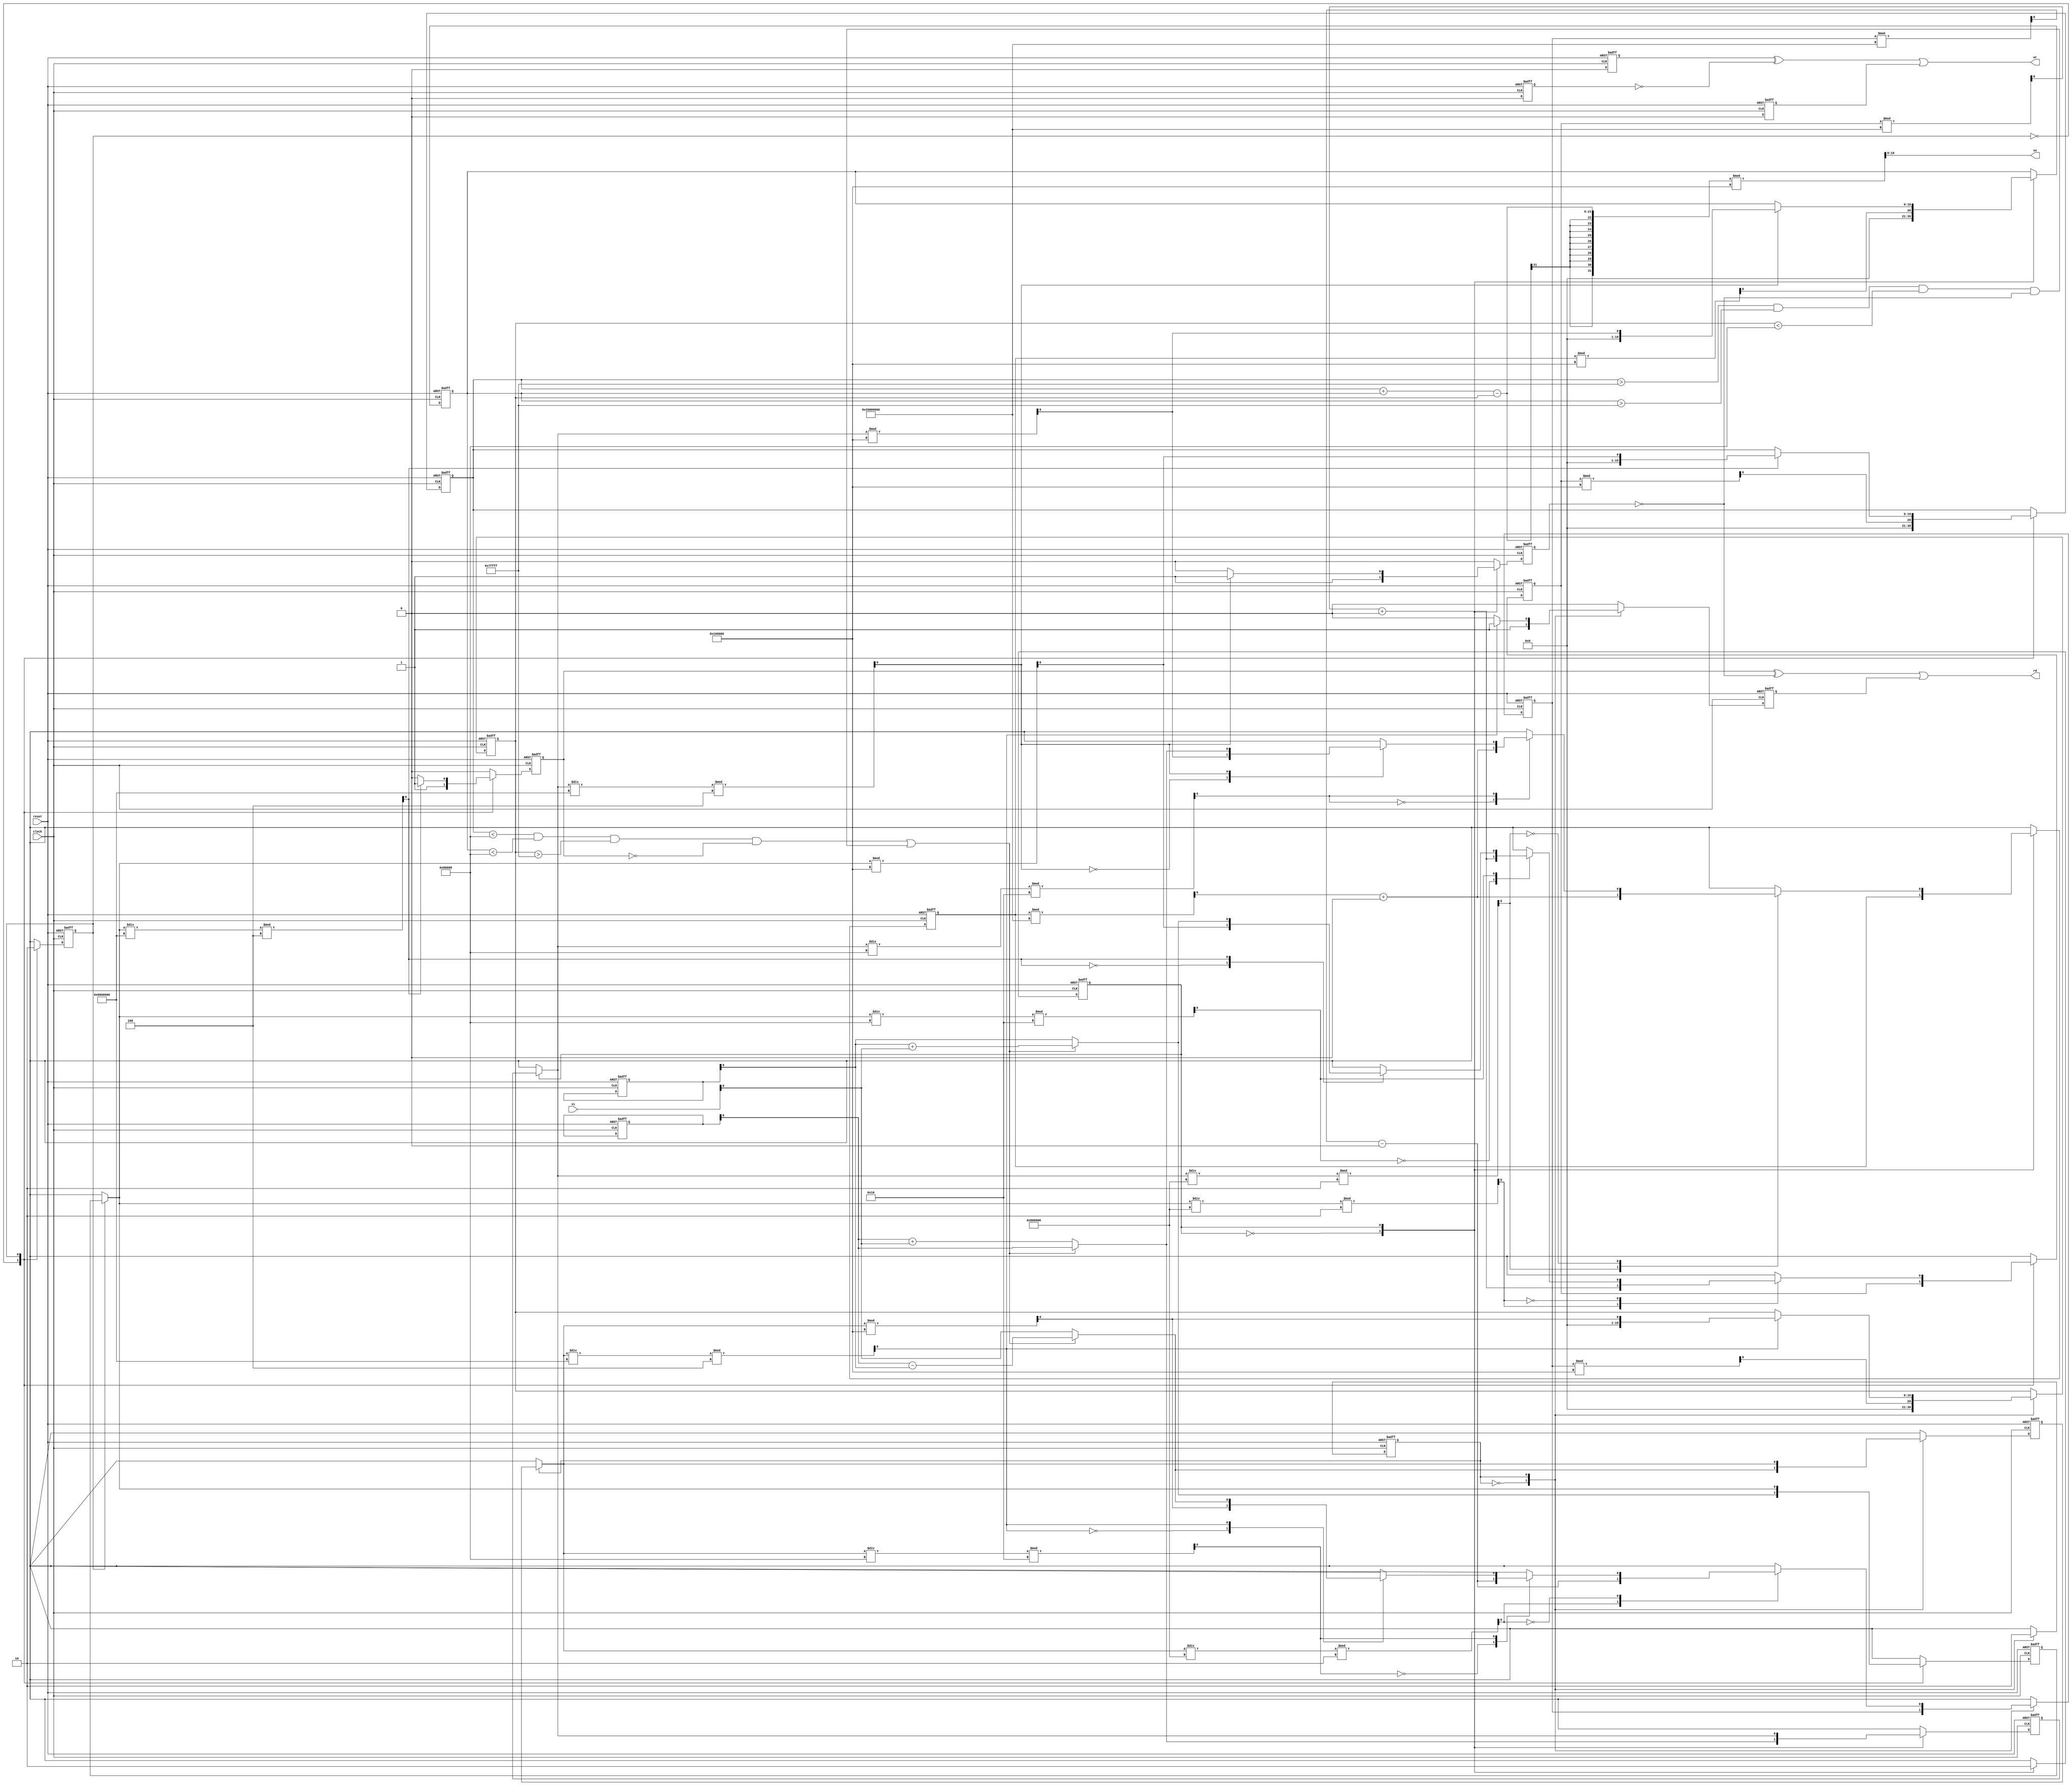
module b22 #(
        parameter P1_FETCH=0,
        parameter P1_EXEC=1,
        parameter P2_FETCH=0,
        parameter P2_EXEC=1,
        parameter P3_FETCH=0,
        parameter P3_EXEC=1) (
            input clock,
            input reset,
            input [31:0] si,
            output reg  [19:0] so,
            output reg  rd,
            output reg  wr) ;
    wire [19:0] addr_1 ;
    wire [19:0] addr_2 ;
    wire [19:0] addr_3 ;
    integer datai_1 ;
    integer datai_2 ;
    integer datai_3 ;
    wire [31:0] datao_1 ;
    wire [31:0] datao_2 ;
    wire [31:0] datao_3 ;
    wire rd_1 ;
    wire rd_2 ;
    wire rd_3 ;
    wire wr_1 ;
    wire wr_2 ;
    wire wr_3 ;

    wire  P1_clock;
    wire  P1_reset;
    reg [19:0] P1_addr;
    wire [31:0] P1_datai;
    integer P1_datao;
    reg  P1_rd;
    reg  P1_wr;

    always @(  posedge    P1_clock          or  posedge   P1_reset  )
    begin :  P1_xhdl0
        if (  P1_reset  ==1'b1)
        begin
            P1_MAR   =0;
            P1_MBR   =0;
            P1_IR   =0;
            P1_d   =0;
            P1_r   =0;
            P1_m   =0;
            P1_s   =0;
            P1_temp   =0;
            P1_mf   =0;
            P1_df   =0;
            P1_ff   =0;
            P1_cf   =0;
            P1_tail   =0;
            P1_B   =1'b0;
            P1_reg0   =0;
            P1_reg1   =0;
            P1_reg2   =0;
            P1_reg3   =0;
            P1_addr   <=0;
            P1_rd   <=1'b0;
            P1_wr   <=1'b0;
            P1_datao   <=0;
            P1_state   =  P1_FETCH  ;
        end
        else
        begin
            P1_rd   <=1'b0;
            P1_wr   <=1'b0;
            case (  P1_state  )
                P1_FETCH   :
                begin
                    P1_MAR   =  P1_reg3  %2**20;
                    P1_addr   <=  P1_MAR  ;
                    P1_rd   <=1'b1;
                    P1_MBR   =  P1_datai  ;
                    P1_IR   =  P1_MBR  ;
                    P1_state   =  P1_EXEC  ;
                end
                P1_EXEC   :
                begin
                    if (  P1_IR  <0)
                        P1_IR   =-  P1_IR  ;
                    P1_mf   =(  P1_IR  /2**27)%4;
                    P1_df   =(  P1_IR  /2**24)%2**3;
                    P1_ff   =(  P1_IR  /2**19)%2**4;
                    P1_cf   =(  P1_IR  /2**23)%2;
                    P1_tail   =  P1_IR  %2**20;
                    P1_reg3   =((  P1_reg3  %2**29)+8);
                    P1_s   =(  P1_IR  /2**29)%4;
                    case (  P1_s  )
                        0 :
                            P1_r   =  P1_reg0  ;
                        1 :
                            P1_r   =  P1_reg1  ;
                        2 :
                            P1_r   =  P1_reg2  ;
                        3 :
                            P1_r   =  P1_reg3  ;
                    endcase
                    case (  P1_cf  )
                        1 :
                        begin
                            case (  P1_mf  )
                                0 :
                                    P1_m   =  P1_tail  ;
                                1 :
                                begin
                                    P1_m   =  P1_datai  ;
                                    P1_addr   <=  P1_tail  ;
                                    P1_rd   <=1'b1;
                                end
                                2 :
                                begin
                                    P1_addr   <=(  P1_tail  +  P1_reg1  )%2**20;
                                    P1_rd   <=1'b1;
                                    P1_m   =  P1_datai  ;
                                end
                                3 :
                                begin
                                    P1_addr   <=(  P1_tail  +  P1_reg2  )%2**20;
                                    P1_rd   <=1'b1;
                                    P1_m   =  P1_datai  ;
                                end
                            endcase
                            case (  P1_ff  )
                                0 :
                                    if (  P1_r  <  P1_m  )
                                        P1_B   =1'b1;
                                    else
                                        P1_B   =1'b0;
                                1 :
                                    if (~(  P1_r  <  P1_m  ))
                                        P1_B   =1'b1;
                                    else
                                        P1_B   =1'b0;
                                2 :
                                    if (  P1_r  ==  P1_m  )
                                        P1_B   =1'b1;
                                    else
                                        P1_B   =1'b0;
                                3 :
                                    if (~(  P1_r  ==  P1_m  ))
                                        P1_B   =1'b1;
                                    else
                                        P1_B   =1'b0;
                                4 :
                                    if (~(  P1_r  >  P1_m  ))
                                        P1_B   =1'b1;
                                    else
                                        P1_B   =1'b0;
                                5 :
                                    if (  P1_r  >  P1_m  )
                                        P1_B   =1'b1;
                                    else
                                        P1_B   =1'b0;
                                6 :
                                begin
                                    if (  P1_r  >2**30-1)
                                        P1_r   =  P1_r  -2**30;
                                    if (  P1_r  <  P1_m  )
                                        P1_B   =1'b1;
                                    else
                                        P1_B   =1'b0;
                                end
                                7 :
                                begin
                                    if (  P1_r  >2**30-1)
                                        P1_r   =  P1_r  -2**30;
                                    if (~(  P1_r  <  P1_m  ))
                                        P1_B   =1'b1;
                                    else
                                        P1_B   =1'b0;
                                end
                                8 :
                                    if ((  P1_r  <  P1_m  )|(  P1_B  ==1'b1))
                                        P1_B   =1'b1;
                                    else
                                        P1_B   =1'b0;
                                9 :
                                    if ((~(  P1_r  <  P1_m  ))|(  P1_B  ==1'b1))
                                        P1_B   =1'b1;
                                    else
                                        P1_B   =1'b0;
                                10 :
                                    if ((  P1_r  ==  P1_m  )|(  P1_B  ==1'b1))
                                        P1_B   =1'b1;
                                    else
                                        P1_B   =1'b0;
                                11 :
                                    if ((~(  P1_r  ==  P1_m  ))|(  P1_B  ==1'b1))
                                        P1_B   =1'b1;
                                    else
                                        P1_B   =1'b0;
                                12 :
                                    if ((~(  P1_r  >  P1_m  ))|(  P1_B  ==1'b1))
                                        P1_B   =1'b1;
                                    else
                                        P1_B   =1'b0;
                                13 :
                                    if ((  P1_r  >  P1_m  )|(  P1_B  ==1'b1))
                                        P1_B   =1'b1;
                                    else
                                        P1_B   =1'b0;
                                14 :
                                begin
                                    if (  P1_r  >2**30-1)
                                        P1_r   =  P1_r  -2**30;
                                    if ((  P1_r  <  P1_m  )|(  P1_B  ==1'b1))
                                        P1_B   =1'b1;
                                    else
                                        P1_B   =1'b0;
                                end
                                15 :
                                begin
                                    if (  P1_r  >2**30-1)
                                        P1_r   =  P1_r  -2**30;
                                    if ((~(  P1_r  <  P1_m  ))|(  P1_B  ==1'b1))
                                        P1_B   =1'b1;
                                    else
                                        P1_B   =1'b0;
                                end
                            endcase
                        end
                        0 :
                            if (~(  P1_df  ==7))
                            begin
                                if (  P1_df  ==5)
                                begin
                                    if ((~(  P1_B  ))==1'b1)
                                        P1_d   =3;
                                end
                                else
                                    if (  P1_df  ==4)
                                    begin
                                        if (  P1_B  ==1'b1)
                                            P1_d   =3;
                                    end
                                    else
                                        if (  P1_df  ==3)
                                            P1_d   =3;
                                        else
                                            if (  P1_df  ==2)
                                                P1_d   =2;
                                            else
                                                if (  P1_df  ==1)
                                                    P1_d   =1;
                                                else
                                                    if (  P1_df  ==0)
                                                        P1_d   =0;
                                case (  P1_ff  )
                                    0 :
                                    begin
                                        case (  P1_mf  )
                                            0 :
                                                P1_m   =  P1_tail  ;
                                            1 :
                                            begin
                                                P1_m   =  P1_datai  ;
                                                P1_addr   <=  P1_tail  ;
                                                P1_rd   <=1'b1;
                                            end
                                            2 :
                                            begin
                                                P1_addr   <=(  P1_tail  +  P1_reg1  )%2**20;
                                                P1_rd   <=1'b1;
                                                P1_m   =  P1_datai  ;
                                            end
                                            3 :
                                            begin
                                                P1_addr   <=(  P1_tail  +  P1_reg2  )%2**20;
                                                P1_rd   <=1'b1;
                                                P1_m   =  P1_datai  ;
                                            end
                                        endcase
                                        P1_t   =0;
                                        case (  P1_d  )
                                            0 :
                                                P1_reg0   =  P1_t  -  P1_m  ;
                                            1 :
                                                P1_reg1   =  P1_t  -  P1_m  ;
                                            2 :
                                                P1_reg2   =  P1_t  -  P1_m  ;
                                            3 :
                                                P1_reg3   =  P1_t  -  P1_m  ;
                                            default :
                                                ;
                                        endcase
                                    end
                                    1 :
                                    begin
                                        case (  P1_mf  )
                                            0 :
                                                P1_m   =  P1_tail  ;
                                            1 :
                                            begin
                                                P1_m   =  P1_datai  ;
                                                P1_addr   <=  P1_tail  ;
                                                P1_rd   <=1'b1;
                                            end
                                            2 :
                                            begin
                                                P1_addr   <=(  P1_tail  +  P1_reg1  )%2**20;
                                                P1_rd   <=1'b1;
                                                P1_m   =  P1_datai  ;
                                            end
                                            3 :
                                            begin
                                                P1_addr   <=(  P1_tail  +  P1_reg2  )%2**20;
                                                P1_rd   <=1'b1;
                                                P1_m   =  P1_datai  ;
                                            end
                                        endcase
                                        P1_reg2   =  P1_reg3  ;
                                        P1_reg3   =  P1_m  ;
                                    end
                                    2 :
                                    begin
                                        case (  P1_mf  )
                                            0 :
                                                P1_m   =  P1_tail  ;
                                            1 :
                                            begin
                                                P1_m   =  P1_datai  ;
                                                P1_addr   <=  P1_tail  ;
                                                P1_rd   <=1'b1;
                                            end
                                            2 :
                                            begin
                                                P1_addr   <=(  P1_tail  +  P1_reg1  )%2**20;
                                                P1_rd   <=1'b1;
                                                P1_m   =  P1_datai  ;
                                            end
                                            3 :
                                            begin
                                                P1_addr   <=(  P1_tail  +  P1_reg2  )%2**20;
                                                P1_rd   <=1'b1;
                                                P1_m   =  P1_datai  ;
                                            end
                                        endcase
                                        case (  P1_d  )
                                            0 :
                                                P1_reg0   =  P1_m  ;
                                            1 :
                                                P1_reg1   =  P1_m  ;
                                            2 :
                                                P1_reg2   =  P1_m  ;
                                            3 :
                                                P1_reg3   =  P1_m  ;
                                            default :
                                                ;
                                        endcase
                                    end
                                    3 :
                                    begin
                                        case (  P1_mf  )
                                            0 :
                                                P1_m   =  P1_tail  ;
                                            1 :
                                            begin
                                                P1_m   =  P1_datai  ;
                                                P1_addr   <=  P1_tail  ;
                                                P1_rd   <=1'b1;
                                            end
                                            2 :
                                            begin
                                                P1_addr   <=(  P1_tail  +  P1_reg1  )%2**20;
                                                P1_rd   <=1'b1;
                                                P1_m   =  P1_datai  ;
                                            end
                                            3 :
                                            begin
                                                P1_addr   <=(  P1_tail  +  P1_reg2  )%2**20;
                                                P1_rd   <=1'b1;
                                                P1_m   =  P1_datai  ;
                                            end
                                        endcase
                                        case (  P1_d  )
                                            0 :
                                                P1_reg0   =  P1_m  ;
                                            1 :
                                                P1_reg1   =  P1_m  ;
                                            2 :
                                                P1_reg2   =  P1_m  ;
                                            3 :
                                                P1_reg3   =  P1_m  ;
                                            default :
                                                ;
                                        endcase
                                    end
                                    4 :
                                    begin
                                        case (  P1_mf  )
                                            0 :
                                                P1_m   =  P1_tail  ;
                                            1 :
                                            begin
                                                P1_m   =  P1_datai  ;
                                                P1_addr   <=  P1_tail  ;
                                                P1_rd   <=1'b1;
                                            end
                                            2 :
                                            begin
                                                P1_addr   <=(  P1_tail  +  P1_reg1  )%2**20;
                                                P1_rd   <=1'b1;
                                                P1_m   =  P1_datai  ;
                                            end
                                            3 :
                                            begin
                                                P1_addr   <=(  P1_tail  +  P1_reg2  )%2**20;
                                                P1_rd   <=1'b1;
                                                P1_m   =  P1_datai  ;
                                            end
                                        endcase
                                        case (  P1_d  )
                                            0 :
                                                P1_reg0   =(  P1_r  +  P1_m  )%2**30;
                                            1 :
                                                P1_reg1   =(  P1_r  +  P1_m  )%2**30;
                                            2 :
                                                P1_reg2   =(  P1_r  +  P1_m  )%2**30;
                                            3 :
                                                P1_reg3   =(  P1_r  +  P1_m  )%2**30;
                                            default :
                                                ;
                                        endcase
                                    end
                                    5 :
                                    begin
                                        case (  P1_mf  )
                                            0 :
                                                P1_m   =  P1_tail  ;
                                            1 :
                                            begin
                                                P1_m   =  P1_datai  ;
                                                P1_addr   <=  P1_tail  ;
                                                P1_rd   <=1'b1;
                                            end
                                            2 :
                                            begin
                                                P1_addr   <=(  P1_tail  +  P1_reg1  )%2**20;
                                                P1_rd   <=1'b1;
                                                P1_m   =  P1_datai  ;
                                            end
                                            3 :
                                            begin
                                                P1_addr   <=(  P1_tail  +  P1_reg2  )%2**20;
                                                P1_rd   <=1'b1;
                                                P1_m   =  P1_datai  ;
                                            end
                                        endcase
                                        case (  P1_d  )
                                            0 :
                                                P1_reg0   =(  P1_r  +  P1_m  )%2**30;
                                            1 :
                                                P1_reg1   =(  P1_r  +  P1_m  )%2**30;
                                            2 :
                                                P1_reg2   =(  P1_r  +  P1_m  )%2**30;
                                            3 :
                                                P1_reg3   =(  P1_r  +  P1_m  )%2**30;
                                            default :
                                                ;
                                        endcase
                                    end
                                    6 :
                                    begin
                                        case (  P1_mf  )
                                            0 :
                                                P1_m   =  P1_tail  ;
                                            1 :
                                            begin
                                                P1_m   =  P1_datai  ;
                                                P1_addr   <=  P1_tail  ;
                                                P1_rd   <=1'b1;
                                            end
                                            2 :
                                            begin
                                                P1_addr   <=(  P1_tail  +  P1_reg1  )%2**20;
                                                P1_rd   <=1'b1;
                                                P1_m   =  P1_datai  ;
                                            end
                                            3 :
                                            begin
                                                P1_addr   <=(  P1_tail  +  P1_reg2  )%2**20;
                                                P1_rd   <=1'b1;
                                                P1_m   =  P1_datai  ;
                                            end
                                        endcase
                                        case (  P1_d  )
                                            0 :
                                                P1_reg0   =(  P1_r  -  P1_m  )%2**30;
                                            1 :
                                                P1_reg1   =(  P1_r  -  P1_m  )%2**30;
                                            2 :
                                                P1_reg2   =(  P1_r  -  P1_m  )%2**30;
                                            3 :
                                                P1_reg3   =(  P1_r  -  P1_m  )%2**30;
                                            default :
                                                ;
                                        endcase
                                    end
                                    7 :
                                    begin
                                        case (  P1_mf  )
                                            0 :
                                                P1_m   =  P1_tail  ;
                                            1 :
                                            begin
                                                P1_m   =  P1_datai  ;
                                                P1_addr   <=  P1_tail  ;
                                                P1_rd   <=1'b1;
                                            end
                                            2 :
                                            begin
                                                P1_addr   <=(  P1_tail  +  P1_reg1  )%2**20;
                                                P1_rd   <=1'b1;
                                                P1_m   =  P1_datai  ;
                                            end
                                            3 :
                                            begin
                                                P1_addr   <=(  P1_tail  +  P1_reg2  )%2**20;
                                                P1_rd   <=1'b1;
                                                P1_m   =  P1_datai  ;
                                            end
                                        endcase
                                        case (  P1_d  )
                                            0 :
                                                P1_reg0   =(  P1_r  -  P1_m  )%2**30;
                                            1 :
                                                P1_reg1   =(  P1_r  -  P1_m  )%2**30;
                                            2 :
                                                P1_reg2   =(  P1_r  -  P1_m  )%2**30;
                                            3 :
                                                P1_reg3   =(  P1_r  -  P1_m  )%2**30;
                                            default :
                                                ;
                                        endcase
                                    end
                                    8 :
                                    begin
                                        case (  P1_mf  )
                                            0 :
                                                P1_m   =  P1_tail  ;
                                            1 :
                                            begin
                                                P1_m   =  P1_datai  ;
                                                P1_addr   <=  P1_tail  ;
                                                P1_rd   <=1'b1;
                                            end
                                            2 :
                                            begin
                                                P1_addr   <=(  P1_tail  +  P1_reg1  )%2**20;
                                                P1_rd   <=1'b1;
                                                P1_m   =  P1_datai  ;
                                            end
                                            3 :
                                            begin
                                                P1_addr   <=(  P1_tail  +  P1_reg2  )%2**20;
                                                P1_rd   <=1'b1;
                                                P1_m   =  P1_datai  ;
                                            end
                                        endcase
                                        case (  P1_d  )
                                            0 :
                                                P1_reg0   =(  P1_r  +  P1_m  )%2**30;
                                            1 :
                                                P1_reg1   =(  P1_r  +  P1_m  )%2**30;
                                            2 :
                                                P1_reg2   =(  P1_r  +  P1_m  )%2**30;
                                            3 :
                                                P1_reg3   =(  P1_r  +  P1_m  )%2**30;
                                            default :
                                                ;
                                        endcase
                                    end
                                    9 :
                                    begin
                                        case (  P1_mf  )
                                            0 :
                                                P1_m   =  P1_tail  ;
                                            1 :
                                            begin
                                                P1_m   =  P1_datai  ;
                                                P1_addr   <=  P1_tail  ;
                                                P1_rd   <=1'b1;
                                            end
                                            2 :
                                            begin
                                                P1_addr   <=(  P1_tail  +  P1_reg1  )%2**20;
                                                P1_rd   <=1'b1;
                                                P1_m   =  P1_datai  ;
                                            end
                                            3 :
                                            begin
                                                P1_addr   <=(  P1_tail  +  P1_reg2  )%2**20;
                                                P1_rd   <=1'b1;
                                                P1_m   =  P1_datai  ;
                                            end
                                        endcase
                                        case (  P1_d  )
                                            0 :
                                                P1_reg0   =(  P1_r  -  P1_m  )%2**30;
                                            1 :
                                                P1_reg1   =(  P1_r  -  P1_m  )%2**30;
                                            2 :
                                                P1_reg2   =(  P1_r  -  P1_m  )%2**30;
                                            3 :
                                                P1_reg3   =(  P1_r  -  P1_m  )%2**30;
                                            default :
                                                ;
                                        endcase
                                    end
                                    10 :
                                    begin
                                        case (  P1_mf  )
                                            0 :
                                                P1_m   =  P1_tail  ;
                                            1 :
                                            begin
                                                P1_m   =  P1_datai  ;
                                                P1_addr   <=  P1_tail  ;
                                                P1_rd   <=1'b1;
                                            end
                                            2 :
                                            begin
                                                P1_addr   <=(  P1_tail  +  P1_reg1  )%2**20;
                                                P1_rd   <=1'b1;
                                                P1_m   =  P1_datai  ;
                                            end
                                            3 :
                                            begin
                                                P1_addr   <=(  P1_tail  +  P1_reg2  )%2**20;
                                                P1_rd   <=1'b1;
                                                P1_m   =  P1_datai  ;
                                            end
                                        endcase
                                        case (  P1_d  )
                                            0 :
                                                P1_reg0   =(  P1_r  +  P1_m  )%2**30;
                                            1 :
                                                P1_reg1   =(  P1_r  +  P1_m  )%2**30;
                                            2 :
                                                P1_reg2   =(  P1_r  +  P1_m  )%2**30;
                                            3 :
                                                P1_reg3   =(  P1_r  +  P1_m  )%2**30;
                                            default :
                                                ;
                                        endcase
                                    end
                                    11 :
                                    begin
                                        case (  P1_mf  )
                                            0 :
                                                P1_m   =  P1_tail  ;
                                            1 :
                                            begin
                                                P1_m   =  P1_datai  ;
                                                P1_addr   <=  P1_tail  ;
                                                P1_rd   <=1'b1;
                                            end
                                            2 :
                                            begin
                                                P1_addr   <=(  P1_tail  +  P1_reg1  )%2**20;
                                                P1_rd   <=1'b1;
                                                P1_m   =  P1_datai  ;
                                            end
                                            3 :
                                            begin
                                                P1_addr   <=(  P1_tail  +  P1_reg2  )%2**20;
                                                P1_rd   <=1'b1;
                                                P1_m   =  P1_datai  ;
                                            end
                                        endcase
                                        case (  P1_d  )
                                            0 :
                                                P1_reg0   =(  P1_r  -  P1_m  )%2**30;
                                            1 :
                                                P1_reg1   =(  P1_r  -  P1_m  )%2**30;
                                            2 :
                                                P1_reg2   =(  P1_r  -  P1_m  )%2**30;
                                            3 :
                                                P1_reg3   =(  P1_r  -  P1_m  )%2**30;
                                            default :
                                                ;
                                        endcase
                                    end
                                    12 :
                                    begin
                                        case (  P1_mf  )
                                            0 :
                                                P1_t   =  P1_r  /2;
                                            1 :
                                            begin
                                                P1_t   =  P1_r  /2;
                                                if (  P1_B  ==1'b1)
                                                    P1_t   =  P1_t  %2**29;
                                            end
                                            2 :
                                                P1_t   =(  P1_r  %2**29)*2;
                                            3 :
                                            begin
                                                P1_t   =(  P1_r  %2**29)*2;
                                                if (  P1_t  >2**30-1)
                                                    P1_B   =1'b1;
                                                else
                                                    P1_B   =1'b0;
                                            end
                                            default :
                                                ;
                                        endcase
                                        case (  P1_d  )
                                            0 :
                                                P1_reg0   =  P1_t  ;
                                            1 :
                                                P1_reg1   =  P1_t  ;
                                            2 :
                                                P1_reg2   =  P1_t  ;
                                            3 :
                                                P1_reg3   =  P1_t  ;
                                            default :
                                                ;
                                        endcase
                                    end
                                    13 ,14,15:
                                        ;
                                endcase
                            end
                            else
                                if (  P1_df  ==7)
                                begin
                                    case (  P1_mf  )
                                        0 :
                                            P1_m   =  P1_tail  ;
                                        1 :
                                            P1_m   =  P1_tail  ;
                                        2 :
                                            P1_m   =(  P1_reg1  %2**20)+(  P1_tail  %2**20);
                                        3 :
                                            P1_m   =(  P1_reg2  %2**20)+(  P1_tail  %2**20);
                                    endcase
                                    P1_addr   <=  P1_m  %2*20;
                                    P1_wr   <=1'b1;
                                    P1_datao   <=  P1_r  ;
                                end
                    endcase
                    P1_state   =  P1_FETCH  ;
                end
            endcase
        end
    end

    assign P1_clock = clock;
    assign P1_reset = reset;
    assign addr_1 = P1_addr;
    assign P1_datai = datai_1;
    assign datao_1 = P1_datao;
    assign rd_1 = P1_rd;
    assign wr_1 = P1_wr;


    wire  P2_clock;
    wire  P2_reset;
    reg [19:0] P2_addr;
    wire [31:0] P2_datai;
    integer P2_datao;
    reg  P2_rd;
    reg  P2_wr;

    always @(  posedge    P2_clock          or  posedge   P2_reset  )
    begin :  P2_xhdl1
        if (  P2_reset  ==1'b1)
        begin
            P2_MAR   =0;
            P2_MBR   =0;
            P2_IR   =0;
            P2_d   =0;
            P2_r   =0;
            P2_m   =0;
            P2_s   =0;
            P2_temp   =0;
            P2_mf   =0;
            P2_df   =0;
            P2_ff   =0;
            P2_cf   =0;
            P2_tail   =0;
            P2_B   =1'b0;
            P2_reg0   =0;
            P2_reg1   =0;
            P2_reg2   =0;
            P2_reg3   =0;
            P2_addr   <=0;
            P2_rd   <=1'b0;
            P2_wr   <=1'b0;
            P2_datao   <=0;
            P2_state   =  P2_FETCH  ;
        end
        else
        begin
            P2_rd   <=1'b0;
            P2_wr   <=1'b0;
            case (  P2_state  )
                P2_FETCH   :
                begin
                    P2_MAR   =  P2_reg3  %2**20;
                    P2_addr   <=  P2_MAR  ;
                    P2_rd   <=1'b1;
                    P2_MBR   =  P2_datai  ;
                    P2_IR   =  P2_MBR  ;
                    P2_state   =  P2_EXEC  ;
                end
                P2_EXEC   :
                begin
                    if (  P2_IR  <0)
                        P2_IR   =-  P2_IR  ;
                    P2_mf   =(  P2_IR  /2**27)%4;
                    P2_df   =(  P2_IR  /2**24)%2**3;
                    P2_ff   =(  P2_IR  /2**19)%2**4;
                    P2_cf   =(  P2_IR  /2**23)%2;
                    P2_tail   =  P2_IR  %2**20;
                    P2_reg3   =((  P2_reg3  %2**29)+8);
                    P2_s   =(  P2_IR  /2**29)%4;
                    case (  P2_s  )
                        0 :
                            P2_r   =  P2_reg0  ;
                        1 :
                            P2_r   =  P2_reg1  ;
                        2 :
                            P2_r   =  P2_reg2  ;
                        3 :
                            P2_r   =  P2_reg3  ;
                    endcase
                    case (  P2_cf  )
                        1 :
                        begin
                            case (  P2_mf  )
                                0 :
                                    P2_m   =  P2_tail  ;
                                1 :
                                begin
                                    P2_m   =  P2_datai  ;
                                    P2_addr   <=  P2_tail  ;
                                    P2_rd   <=1'b1;
                                end
                                2 :
                                begin
                                    P2_addr   <=(  P2_tail  +  P2_reg1  )%2**20;
                                    P2_rd   <=1'b1;
                                    P2_m   =  P2_datai  ;
                                end
                                3 :
                                begin
                                    P2_addr   <=(  P2_tail  +  P2_reg2  )%2**20;
                                    P2_rd   <=1'b1;
                                    P2_m   =  P2_datai  ;
                                end
                            endcase
                            case (  P2_ff  )
                                0 :
                                    if (  P2_r  <  P2_m  )
                                        P2_B   =1'b1;
                                    else
                                        P2_B   =1'b0;
                                1 :
                                    if (~(  P2_r  <  P2_m  ))
                                        P2_B   =1'b1;
                                    else
                                        P2_B   =1'b0;
                                2 :
                                    if (  P2_r  ==  P2_m  )
                                        P2_B   =1'b1;
                                    else
                                        P2_B   =1'b0;
                                3 :
                                    if (~(  P2_r  ==  P2_m  ))
                                        P2_B   =1'b1;
                                    else
                                        P2_B   =1'b0;
                                4 :
                                    if (~(  P2_r  >  P2_m  ))
                                        P2_B   =1'b1;
                                    else
                                        P2_B   =1'b0;
                                5 :
                                    if (  P2_r  >  P2_m  )
                                        P2_B   =1'b1;
                                    else
                                        P2_B   =1'b0;
                                6 :
                                begin
                                    if (  P2_r  >2**30-1)
                                        P2_r   =  P2_r  -2**30;
                                    if (  P2_r  <  P2_m  )
                                        P2_B   =1'b1;
                                    else
                                        P2_B   =1'b0;
                                end
                                7 :
                                begin
                                    if (  P2_r  >2**30-1)
                                        P2_r   =  P2_r  -2**30;
                                    if (~(  P2_r  <  P2_m  ))
                                        P2_B   =1'b1;
                                    else
                                        P2_B   =1'b0;
                                end
                                8 :
                                    if ((  P2_r  <  P2_m  )|(  P2_B  ==1'b1))
                                        P2_B   =1'b1;
                                    else
                                        P2_B   =1'b0;
                                9 :
                                    if ((~(  P2_r  <  P2_m  ))|(  P2_B  ==1'b1))
                                        P2_B   =1'b1;
                                    else
                                        P2_B   =1'b0;
                                10 :
                                    if ((  P2_r  ==  P2_m  )|(  P2_B  ==1'b1))
                                        P2_B   =1'b1;
                                    else
                                        P2_B   =1'b0;
                                11 :
                                    if ((~(  P2_r  ==  P2_m  ))|(  P2_B  ==1'b1))
                                        P2_B   =1'b1;
                                    else
                                        P2_B   =1'b0;
                                12 :
                                    if ((~(  P2_r  >  P2_m  ))|(  P2_B  ==1'b1))
                                        P2_B   =1'b1;
                                    else
                                        P2_B   =1'b0;
                                13 :
                                    if ((  P2_r  >  P2_m  )|(  P2_B  ==1'b1))
                                        P2_B   =1'b1;
                                    else
                                        P2_B   =1'b0;
                                14 :
                                begin
                                    if (  P2_r  >2**30-1)
                                        P2_r   =  P2_r  -2**30;
                                    if ((  P2_r  <  P2_m  )|(  P2_B  ==1'b1))
                                        P2_B   =1'b1;
                                    else
                                        P2_B   =1'b0;
                                end
                                15 :
                                begin
                                    if (  P2_r  >2**30-1)
                                        P2_r   =  P2_r  -2**30;
                                    if ((~(  P2_r  <  P2_m  ))|(  P2_B  ==1'b1))
                                        P2_B   =1'b1;
                                    else
                                        P2_B   =1'b0;
                                end
                            endcase
                        end
                        0 :
                            if (~(  P2_df  ==7))
                            begin
                                if (  P2_df  ==5)
                                begin
                                    if ((~(  P2_B  ))==1'b1)
                                        P2_d   =3;
                                end
                                else
                                    if (  P2_df  ==4)
                                    begin
                                        if (  P2_B  ==1'b1)
                                            P2_d   =3;
                                    end
                                    else
                                        if (  P2_df  ==3)
                                            P2_d   =3;
                                        else
                                            if (  P2_df  ==2)
                                                P2_d   =2;
                                            else
                                                if (  P2_df  ==1)
                                                    P2_d   =1;
                                                else
                                                    if (  P2_df  ==0)
                                                        P2_d   =0;
                                case (  P2_ff  )
                                    0 :
                                    begin
                                        case (  P2_mf  )
                                            0 :
                                                P2_m   =  P2_tail  ;
                                            1 :
                                            begin
                                                P2_m   =  P2_datai  ;
                                                P2_addr   <=  P2_tail  ;
                                                P2_rd   <=1'b1;
                                            end
                                            2 :
                                            begin
                                                P2_addr   <=(  P2_tail  +  P2_reg1  )%2**20;
                                                P2_rd   <=1'b1;
                                                P2_m   =  P2_datai  ;
                                            end
                                            3 :
                                            begin
                                                P2_addr   <=(  P2_tail  +  P2_reg2  )%2**20;
                                                P2_rd   <=1'b1;
                                                P2_m   =  P2_datai  ;
                                            end
                                        endcase
                                        P2_t   =0;
                                        case (  P2_d  )
                                            0 :
                                                P2_reg0   =  P2_t  -  P2_m  ;
                                            1 :
                                                P2_reg1   =  P2_t  -  P2_m  ;
                                            2 :
                                                P2_reg2   =  P2_t  -  P2_m  ;
                                            3 :
                                                P2_reg3   =  P2_t  -  P2_m  ;
                                            default :
                                                ;
                                        endcase
                                    end
                                    1 :
                                    begin
                                        case (  P2_mf  )
                                            0 :
                                                P2_m   =  P2_tail  ;
                                            1 :
                                            begin
                                                P2_m   =  P2_datai  ;
                                                P2_addr   <=  P2_tail  ;
                                                P2_rd   <=1'b1;
                                            end
                                            2 :
                                            begin
                                                P2_addr   <=(  P2_tail  +  P2_reg1  )%2**20;
                                                P2_rd   <=1'b1;
                                                P2_m   =  P2_datai  ;
                                            end
                                            3 :
                                            begin
                                                P2_addr   <=(  P2_tail  +  P2_reg2  )%2**20;
                                                P2_rd   <=1'b1;
                                                P2_m   =  P2_datai  ;
                                            end
                                        endcase
                                        P2_reg2   =  P2_reg3  ;
                                        P2_reg3   =  P2_m  ;
                                    end
                                    2 :
                                    begin
                                        case (  P2_mf  )
                                            0 :
                                                P2_m   =  P2_tail  ;
                                            1 :
                                            begin
                                                P2_m   =  P2_datai  ;
                                                P2_addr   <=  P2_tail  ;
                                                P2_rd   <=1'b1;
                                            end
                                            2 :
                                            begin
                                                P2_addr   <=(  P2_tail  +  P2_reg1  )%2**20;
                                                P2_rd   <=1'b1;
                                                P2_m   =  P2_datai  ;
                                            end
                                            3 :
                                            begin
                                                P2_addr   <=(  P2_tail  +  P2_reg2  )%2**20;
                                                P2_rd   <=1'b1;
                                                P2_m   =  P2_datai  ;
                                            end
                                        endcase
                                        case (  P2_d  )
                                            0 :
                                                P2_reg0   =  P2_m  ;
                                            1 :
                                                P2_reg1   =  P2_m  ;
                                            2 :
                                                P2_reg2   =  P2_m  ;
                                            3 :
                                                P2_reg3   =  P2_m  ;
                                            default :
                                                ;
                                        endcase
                                    end
                                    3 :
                                    begin
                                        case (  P2_mf  )
                                            0 :
                                                P2_m   =  P2_tail  ;
                                            1 :
                                            begin
                                                P2_m   =  P2_datai  ;
                                                P2_addr   <=  P2_tail  ;
                                                P2_rd   <=1'b1;
                                            end
                                            2 :
                                            begin
                                                P2_addr   <=(  P2_tail  +  P2_reg1  )%2**20;
                                                P2_rd   <=1'b1;
                                                P2_m   =  P2_datai  ;
                                            end
                                            3 :
                                            begin
                                                P2_addr   <=(  P2_tail  +  P2_reg2  )%2**20;
                                                P2_rd   <=1'b1;
                                                P2_m   =  P2_datai  ;
                                            end
                                        endcase
                                        case (  P2_d  )
                                            0 :
                                                P2_reg0   =  P2_m  ;
                                            1 :
                                                P2_reg1   =  P2_m  ;
                                            2 :
                                                P2_reg2   =  P2_m  ;
                                            3 :
                                                P2_reg3   =  P2_m  ;
                                            default :
                                                ;
                                        endcase
                                    end
                                    4 :
                                    begin
                                        case (  P2_mf  )
                                            0 :
                                                P2_m   =  P2_tail  ;
                                            1 :
                                            begin
                                                P2_m   =  P2_datai  ;
                                                P2_addr   <=  P2_tail  ;
                                                P2_rd   <=1'b1;
                                            end
                                            2 :
                                            begin
                                                P2_addr   <=(  P2_tail  +  P2_reg1  )%2**20;
                                                P2_rd   <=1'b1;
                                                P2_m   =  P2_datai  ;
                                            end
                                            3 :
                                            begin
                                                P2_addr   <=(  P2_tail  +  P2_reg2  )%2**20;
                                                P2_rd   <=1'b1;
                                                P2_m   =  P2_datai  ;
                                            end
                                        endcase
                                        case (  P2_d  )
                                            0 :
                                                P2_reg0   =(  P2_r  +  P2_m  )%2**30;
                                            1 :
                                                P2_reg1   =(  P2_r  +  P2_m  )%2**30;
                                            2 :
                                                P2_reg2   =(  P2_r  +  P2_m  )%2**30;
                                            3 :
                                                P2_reg3   =(  P2_r  +  P2_m  )%2**30;
                                            default :
                                                ;
                                        endcase
                                    end
                                    5 :
                                    begin
                                        case (  P2_mf  )
                                            0 :
                                                P2_m   =  P2_tail  ;
                                            1 :
                                            begin
                                                P2_m   =  P2_datai  ;
                                                P2_addr   <=  P2_tail  ;
                                                P2_rd   <=1'b1;
                                            end
                                            2 :
                                            begin
                                                P2_addr   <=(  P2_tail  +  P2_reg1  )%2**20;
                                                P2_rd   <=1'b1;
                                                P2_m   =  P2_datai  ;
                                            end
                                            3 :
                                            begin
                                                P2_addr   <=(  P2_tail  +  P2_reg2  )%2**20;
                                                P2_rd   <=1'b1;
                                                P2_m   =  P2_datai  ;
                                            end
                                        endcase
                                        case (  P2_d  )
                                            0 :
                                                P2_reg0   =(  P2_r  +  P2_m  )%2**30;
                                            1 :
                                                P2_reg1   =(  P2_r  +  P2_m  )%2**30;
                                            2 :
                                                P2_reg2   =(  P2_r  +  P2_m  )%2**30;
                                            3 :
                                                P2_reg3   =(  P2_r  +  P2_m  )%2**30;
                                            default :
                                                ;
                                        endcase
                                    end
                                    6 :
                                    begin
                                        case (  P2_mf  )
                                            0 :
                                                P2_m   =  P2_tail  ;
                                            1 :
                                            begin
                                                P2_m   =  P2_datai  ;
                                                P2_addr   <=  P2_tail  ;
                                                P2_rd   <=1'b1;
                                            end
                                            2 :
                                            begin
                                                P2_addr   <=(  P2_tail  +  P2_reg1  )%2**20;
                                                P2_rd   <=1'b1;
                                                P2_m   =  P2_datai  ;
                                            end
                                            3 :
                                            begin
                                                P2_addr   <=(  P2_tail  +  P2_reg2  )%2**20;
                                                P2_rd   <=1'b1;
                                                P2_m   =  P2_datai  ;
                                            end
                                        endcase
                                        case (  P2_d  )
                                            0 :
                                                P2_reg0   =(  P2_r  -  P2_m  )%2**30;
                                            1 :
                                                P2_reg1   =(  P2_r  -  P2_m  )%2**30;
                                            2 :
                                                P2_reg2   =(  P2_r  -  P2_m  )%2**30;
                                            3 :
                                                P2_reg3   =(  P2_r  -  P2_m  )%2**30;
                                            default :
                                                ;
                                        endcase
                                    end
                                    7 :
                                    begin
                                        case (  P2_mf  )
                                            0 :
                                                P2_m   =  P2_tail  ;
                                            1 :
                                            begin
                                                P2_m   =  P2_datai  ;
                                                P2_addr   <=  P2_tail  ;
                                                P2_rd   <=1'b1;
                                            end
                                            2 :
                                            begin
                                                P2_addr   <=(  P2_tail  +  P2_reg1  )%2**20;
                                                P2_rd   <=1'b1;
                                                P2_m   =  P2_datai  ;
                                            end
                                            3 :
                                            begin
                                                P2_addr   <=(  P2_tail  +  P2_reg2  )%2**20;
                                                P2_rd   <=1'b1;
                                                P2_m   =  P2_datai  ;
                                            end
                                        endcase
                                        case (  P2_d  )
                                            0 :
                                                P2_reg0   =(  P2_r  -  P2_m  )%2**30;
                                            1 :
                                                P2_reg1   =(  P2_r  -  P2_m  )%2**30;
                                            2 :
                                                P2_reg2   =(  P2_r  -  P2_m  )%2**30;
                                            3 :
                                                P2_reg3   =(  P2_r  -  P2_m  )%2**30;
                                            default :
                                                ;
                                        endcase
                                    end
                                    8 :
                                    begin
                                        case (  P2_mf  )
                                            0 :
                                                P2_m   =  P2_tail  ;
                                            1 :
                                            begin
                                                P2_m   =  P2_datai  ;
                                                P2_addr   <=  P2_tail  ;
                                                P2_rd   <=1'b1;
                                            end
                                            2 :
                                            begin
                                                P2_addr   <=(  P2_tail  +  P2_reg1  )%2**20;
                                                P2_rd   <=1'b1;
                                                P2_m   =  P2_datai  ;
                                            end
                                            3 :
                                            begin
                                                P2_addr   <=(  P2_tail  +  P2_reg2  )%2**20;
                                                P2_rd   <=1'b1;
                                                P2_m   =  P2_datai  ;
                                            end
                                        endcase
                                        case (  P2_d  )
                                            0 :
                                                P2_reg0   =(  P2_r  +  P2_m  )%2**30;
                                            1 :
                                                P2_reg1   =(  P2_r  +  P2_m  )%2**30;
                                            2 :
                                                P2_reg2   =(  P2_r  +  P2_m  )%2**30;
                                            3 :
                                                P2_reg3   =(  P2_r  +  P2_m  )%2**30;
                                            default :
                                                ;
                                        endcase
                                    end
                                    9 :
                                    begin
                                        case (  P2_mf  )
                                            0 :
                                                P2_m   =  P2_tail  ;
                                            1 :
                                            begin
                                                P2_m   =  P2_datai  ;
                                                P2_addr   <=  P2_tail  ;
                                                P2_rd   <=1'b1;
                                            end
                                            2 :
                                            begin
                                                P2_addr   <=(  P2_tail  +  P2_reg1  )%2**20;
                                                P2_rd   <=1'b1;
                                                P2_m   =  P2_datai  ;
                                            end
                                            3 :
                                            begin
                                                P2_addr   <=(  P2_tail  +  P2_reg2  )%2**20;
                                                P2_rd   <=1'b1;
                                                P2_m   =  P2_datai  ;
                                            end
                                        endcase
                                        case (  P2_d  )
                                            0 :
                                                P2_reg0   =(  P2_r  -  P2_m  )%2**30;
                                            1 :
                                                P2_reg1   =(  P2_r  -  P2_m  )%2**30;
                                            2 :
                                                P2_reg2   =(  P2_r  -  P2_m  )%2**30;
                                            3 :
                                                P2_reg3   =(  P2_r  -  P2_m  )%2**30;
                                            default :
                                                ;
                                        endcase
                                    end
                                    10 :
                                    begin
                                        case (  P2_mf  )
                                            0 :
                                                P2_m   =  P2_tail  ;
                                            1 :
                                            begin
                                                P2_m   =  P2_datai  ;
                                                P2_addr   <=  P2_tail  ;
                                                P2_rd   <=1'b1;
                                            end
                                            2 :
                                            begin
                                                P2_addr   <=(  P2_tail  +  P2_reg1  )%2**20;
                                                P2_rd   <=1'b1;
                                                P2_m   =  P2_datai  ;
                                            end
                                            3 :
                                            begin
                                                P2_addr   <=(  P2_tail  +  P2_reg2  )%2**20;
                                                P2_rd   <=1'b1;
                                                P2_m   =  P2_datai  ;
                                            end
                                        endcase
                                        case (  P2_d  )
                                            0 :
                                                P2_reg0   =(  P2_r  +  P2_m  )%2**30;
                                            1 :
                                                P2_reg1   =(  P2_r  +  P2_m  )%2**30;
                                            2 :
                                                P2_reg2   =(  P2_r  +  P2_m  )%2**30;
                                            3 :
                                                P2_reg3   =(  P2_r  +  P2_m  )%2**30;
                                            default :
                                                ;
                                        endcase
                                    end
                                    11 :
                                    begin
                                        case (  P2_mf  )
                                            0 :
                                                P2_m   =  P2_tail  ;
                                            1 :
                                            begin
                                                P2_m   =  P2_datai  ;
                                                P2_addr   <=  P2_tail  ;
                                                P2_rd   <=1'b1;
                                            end
                                            2 :
                                            begin
                                                P2_addr   <=(  P2_tail  +  P2_reg1  )%2**20;
                                                P2_rd   <=1'b1;
                                                P2_m   =  P2_datai  ;
                                            end
                                            3 :
                                            begin
                                                P2_addr   <=(  P2_tail  +  P2_reg2  )%2**20;
                                                P2_rd   <=1'b1;
                                                P2_m   =  P2_datai  ;
                                            end
                                        endcase
                                        case (  P2_d  )
                                            0 :
                                                P2_reg0   =(  P2_r  -  P2_m  )%2**30;
                                            1 :
                                                P2_reg1   =(  P2_r  -  P2_m  )%2**30;
                                            2 :
                                                P2_reg2   =(  P2_r  -  P2_m  )%2**30;
                                            3 :
                                                P2_reg3   =(  P2_r  -  P2_m  )%2**30;
                                            default :
                                                ;
                                        endcase
                                    end
                                    12 :
                                    begin
                                        case (  P2_mf  )
                                            0 :
                                                P2_t   =  P2_r  /2;
                                            1 :
                                            begin
                                                P2_t   =  P2_r  /2;
                                                if (  P2_B  ==1'b1)
                                                    P2_t   =  P2_t  %2**29;
                                            end
                                            2 :
                                                P2_t   =(  P2_r  %2**29)*2;
                                            3 :
                                            begin
                                                P2_t   =(  P2_r  %2**29)*2;
                                                if (  P2_t  >2**30-1)
                                                    P2_B   =1'b1;
                                                else
                                                    P2_B   =1'b0;
                                            end
                                            default :
                                                ;
                                        endcase
                                        case (  P2_d  )
                                            0 :
                                                P2_reg0   =  P2_t  ;
                                            1 :
                                                P2_reg1   =  P2_t  ;
                                            2 :
                                                P2_reg2   =  P2_t  ;
                                            3 :
                                                P2_reg3   =  P2_t  ;
                                            default :
                                                ;
                                        endcase
                                    end
                                    13 ,14,15:
                                        ;
                                endcase
                            end
                            else
                                if (  P2_df  ==7)
                                begin
                                    case (  P2_mf  )
                                        0 :
                                            P2_m   =  P2_tail  ;
                                        1 :
                                            P2_m   =  P2_tail  ;
                                        2 :
                                            P2_m   =(  P2_reg1  %2**20)+(  P2_tail  %2**20);
                                        3 :
                                            P2_m   =(  P2_reg2  %2**20)+(  P2_tail  %2**20);
                                    endcase
                                    P2_addr   <=  P2_m  %2**20;
                                    P2_wr   <=1'b1;
                                    P2_datao   <=  P2_r  ;
                                end
                    endcase
                    P2_state   =  P2_FETCH  ;
                end
            endcase
        end
    end

    assign P2_clock = clock;
    assign P2_reset = reset;
    assign addr_2 = P2_addr;
    assign P2_datai = datai_2;
    assign datao_2 = P2_datao;
    assign rd_2 = P2_rd;
    assign wr_2 = P2_wr;


    wire  P3_clock;
    wire  P3_reset;
    reg [19:0] P3_addr;
    wire [31:0] P3_datai;
    integer P3_datao;
    reg  P3_rd;
    reg  P3_wr;

    always @(  posedge    P3_clock          or  posedge   P3_reset  )
    begin :  P3_xhdl2
        if (  P3_reset  ==1'b1)
        begin
            P3_MAR   =0;
            P3_MBR   =0;
            P3_IR   =0;
            P3_d   =0;
            P3_r   =0;
            P3_m   =0;
            P3_s   =0;
            P3_temp   =0;
            P3_mf   =0;
            P3_df   =0;
            P3_ff   =0;
            P3_cf   =0;
            P3_tail   =0;
            P3_B   =1'b0;
            P3_reg0   =0;
            P3_reg1   =0;
            P3_reg2   =0;
            P3_reg3   =0;
            P3_addr   <=0;
            P3_rd   <=1'b0;
            P3_wr   <=1'b0;
            P3_datao   <=0;
            P3_state   =  P3_FETCH  ;
        end
        else
        begin
            P3_rd   <=1'b0;
            P3_wr   <=1'b0;
            case (  P3_state  )
                P3_FETCH   :
                begin
                    P3_MAR   =  P3_reg3  %2**20;
                    P3_addr   <=  P3_MAR  ;
                    P3_rd   <=1'b1;
                    P3_MBR   =  P3_datai  ;
                    P3_IR   =  P3_MBR  ;
                    P3_state   =  P3_EXEC  ;
                end
                P3_EXEC   :
                begin
                    if (  P3_IR  <0)
                        P3_IR   =-  P3_IR  ;
                    P3_mf   =(  P3_IR  /2**27)%4;
                    P3_df   =(  P3_IR  /2**24)%2**3;
                    P3_ff   =(  P3_IR  /2**19)%2**4;
                    P3_cf   =(  P3_IR  /2**23)%2;
                    P3_tail   =  P3_IR  %2**20;
                    P3_reg3   =((  P3_reg3  %2**29)-8);
                    P3_s   =(  P3_IR  /2**29)%4;
                    case (  P3_s  )
                        0 :
                            P3_r   =  P3_reg0  ;
                        1 :
                            P3_r   =  P3_reg1  ;
                        2 :
                            P3_r   =  P3_reg2  ;
                        3 :
                            P3_r   =  P3_reg3  ;
                    endcase
                    case (  P3_cf  )
                        1 :
                        begin
                            case (  P3_mf  )
                                0 :
                                    P3_m   =  P3_tail  ;
                                1 :
                                begin
                                    P3_m   =  P3_datai  ;
                                    P3_addr   <=  P3_tail  ;
                                    P3_rd   <=1'b1;
                                end
                                2 :
                                begin
                                    P3_addr   <=(  P3_tail  -  P3_reg1  )%2**20;
                                    P3_rd   <=1'b1;
                                    P3_m   =  P3_datai  ;
                                end
                                3 :
                                begin
                                    P3_addr   <=(  P3_tail  -  P3_reg2  )%2**20;
                                    P3_rd   <=1'b1;
                                    P3_m   =  P3_datai  ;
                                end
                            endcase
                            case (  P3_ff  )
                                0 :
                                    if (  P3_r  <  P3_m  )
                                        P3_B   =1'b1;
                                    else
                                        P3_B   =1'b0;
                                1 :
                                    if (~(  P3_r  <  P3_m  ))
                                        P3_B   =1'b1;
                                    else
                                        P3_B   =1'b0;
                                2 :
                                    if (  P3_r  ==  P3_m  )
                                        P3_B   =1'b1;
                                    else
                                        P3_B   =1'b0;
                                3 :
                                    if (~(  P3_r  ==  P3_m  ))
                                        P3_B   =1'b1;
                                    else
                                        P3_B   =1'b0;
                                4 :
                                    if (~(  P3_r  >  P3_m  ))
                                        P3_B   =1'b1;
                                    else
                                        P3_B   =1'b0;
                                5 :
                                    if (  P3_r  >  P3_m  )
                                        P3_B   =1'b1;
                                    else
                                        P3_B   =1'b0;
                                6 :
                                begin
                                    if (  P3_r  >2**30-1)
                                        P3_r   =  P3_r  -2**30;
                                    if (  P3_r  <  P3_m  )
                                        P3_B   =1'b1;
                                    else
                                        P3_B   =1'b0;
                                end
                                7 :
                                begin
                                    if (  P3_r  >2**30-1)
                                        P3_r   =  P3_r  -2**30;
                                    if (~(  P3_r  <  P3_m  ))
                                        P3_B   =1'b1;
                                    else
                                        P3_B   =1'b0;
                                end
                                8 :
                                    if ((  P3_r  <  P3_m  )|(  P3_B  ==1'b1))
                                        P3_B   =1'b1;
                                    else
                                        P3_B   =1'b0;
                                9 :
                                    if ((~(  P3_r  <  P3_m  ))|(  P3_B  ==1'b1))
                                        P3_B   =1'b1;
                                    else
                                        P3_B   =1'b0;
                                10 :
                                    if ((  P3_r  ==  P3_m  )|(  P3_B  ==1'b1))
                                        P3_B   =1'b1;
                                    else
                                        P3_B   =1'b0;
                                11 :
                                    if ((~(  P3_r  ==  P3_m  ))|(  P3_B  ==1'b1))
                                        P3_B   =1'b1;
                                    else
                                        P3_B   =1'b0;
                                12 :
                                    if ((~(  P3_r  >  P3_m  ))|(  P3_B  ==1'b1))
                                        P3_B   =1'b1;
                                    else
                                        P3_B   =1'b0;
                                13 :
                                    if ((  P3_r  >  P3_m  )|(  P3_B  ==1'b1))
                                        P3_B   =1'b1;
                                    else
                                        P3_B   =1'b0;
                                14 :
                                begin
                                    if (  P3_r  >2**30-1)
                                        P3_r   =  P3_r  -2**30;
                                    if ((  P3_r  <  P3_m  )|(  P3_B  ==1'b1))
                                        P3_B   =1'b1;
                                    else
                                        P3_B   =1'b0;
                                end
                                15 :
                                begin
                                    if (  P3_r  >2**30-1)
                                        P3_r   =  P3_r  -2**30;
                                    if ((~(  P3_r  <  P3_m  ))|(  P3_B  ==1'b1))
                                        P3_B   =1'b1;
                                    else
                                        P3_B   =1'b0;
                                end
                            endcase
                        end
                        0 :
                            if (~(  P3_df  ==7))
                            begin
                                if (  P3_df  ==5)
                                begin
                                    if ((~(  P3_B  ))==1'b1)
                                        P3_d   =3;
                                end
                                else
                                    if (  P3_df  ==4)
                                    begin
                                        if (  P3_B  ==1'b1)
                                            P3_d   =3;
                                    end
                                    else
                                        if (  P3_df  ==3)
                                            P3_d   =3;
                                        else
                                            if (  P3_df  ==2)
                                                P3_d   =2;
                                            else
                                                if (  P3_df  ==1)
                                                    P3_d   =1;
                                                else
                                                    if (  P3_df  ==0)
                                                        P3_d   =0;
                                case (  P3_ff  )
                                    0 :
                                    begin
                                        case (  P3_mf  )
                                            0 :
                                                P3_m   =  P3_tail  ;
                                            1 :
                                            begin
                                                P3_m   =  P3_datai  ;
                                                P3_addr   <=  P3_tail  ;
                                                P3_rd   <=1'b1;
                                            end
                                            2 :
                                            begin
                                                P3_addr   <=(  P3_tail  -  P3_reg1  )%2**20;
                                                P3_rd   <=1'b1;
                                                P3_m   =  P3_datai  ;
                                            end
                                            3 :
                                            begin
                                                P3_addr   <=(  P3_tail  -  P3_reg2  )%2**20;
                                                P3_rd   <=1'b1;
                                                P3_m   =  P3_datai  ;
                                            end
                                        endcase
                                        P3_t   =0;
                                        case (  P3_d  )
                                            0 :
                                                P3_reg0   =  P3_t  +  P3_m  ;
                                            1 :
                                                P3_reg1   =  P3_t  +  P3_m  ;
                                            2 :
                                                P3_reg2   =  P3_t  +  P3_m  ;
                                            3 :
                                                P3_reg3   =  P3_t  +  P3_m  ;
                                            default :
                                                ;
                                        endcase
                                    end
                                    1 :
                                    begin
                                        case (  P3_mf  )
                                            0 :
                                                P3_m   =  P3_tail  ;
                                            1 :
                                            begin
                                                P3_m   =  P3_datai  ;
                                                P3_addr   <=  P3_tail  ;
                                                P3_rd   <=1'b1;
                                            end
                                            2 :
                                            begin
                                                P3_addr   <=(  P3_tail  -  P3_reg1  )%2**20;
                                                P3_rd   <=1'b1;
                                                P3_m   =  P3_datai  ;
                                            end
                                            3 :
                                            begin
                                                P3_addr   <=(  P3_tail  -  P3_reg2  )%2**20;
                                                P3_rd   <=1'b1;
                                                P3_m   =  P3_datai  ;
                                            end
                                        endcase
                                        P3_reg2   =  P3_reg3  ;
                                        P3_reg3   =  P3_m  ;
                                    end
                                    2 :
                                    begin
                                        case (  P3_mf  )
                                            0 :
                                                P3_m   =  P3_tail  ;
                                            1 :
                                            begin
                                                P3_m   =  P3_datai  ;
                                                P3_addr   <=  P3_tail  ;
                                                P3_rd   <=1'b1;
                                            end
                                            2 :
                                            begin
                                                P3_addr   <=(  P3_tail  -  P3_reg1  )%2**20;
                                                P3_rd   <=1'b1;
                                                P3_m   =  P3_datai  ;
                                            end
                                            3 :
                                            begin
                                                P3_addr   <=(  P3_tail  -  P3_reg2  )%2**20;
                                                P3_rd   <=1'b1;
                                                P3_m   =  P3_datai  ;
                                            end
                                        endcase
                                        case (  P3_d  )
                                            0 :
                                                P3_reg0   =  P3_m  ;
                                            1 :
                                                P3_reg1   =  P3_m  ;
                                            2 :
                                                P3_reg2   =  P3_m  ;
                                            3 :
                                                P3_reg3   =  P3_m  ;
                                            default :
                                                ;
                                        endcase
                                    end
                                    3 :
                                    begin
                                        case (  P3_mf  )
                                            0 :
                                                P3_m   =  P3_tail  ;
                                            1 :
                                            begin
                                                P3_m   =  P3_datai  ;
                                                P3_addr   <=  P3_tail  ;
                                                P3_rd   <=1'b1;
                                            end
                                            2 :
                                            begin
                                                P3_addr   <=(  P3_tail  -  P3_reg1  )%2**20;
                                                P3_rd   <=1'b1;
                                                P3_m   =  P3_datai  ;
                                            end
                                            3 :
                                            begin
                                                P3_addr   <=(  P3_tail  -  P3_reg2  )%2**20;
                                                P3_rd   <=1'b1;
                                                P3_m   =  P3_datai  ;
                                            end
                                        endcase
                                        case (  P3_d  )
                                            0 :
                                                P3_reg0   =  P3_m  ;
                                            1 :
                                                P3_reg1   =  P3_m  ;
                                            2 :
                                                P3_reg2   =  P3_m  ;
                                            3 :
                                                P3_reg3   =  P3_m  ;
                                            default :
                                                ;
                                        endcase
                                    end
                                    4 :
                                    begin
                                        case (  P3_mf  )
                                            0 :
                                                P3_m   =  P3_tail  ;
                                            1 :
                                            begin
                                                P3_m   =  P3_datai  ;
                                                P3_addr   <=  P3_tail  ;
                                                P3_rd   <=1'b1;
                                            end
                                            2 :
                                            begin
                                                P3_addr   <=(  P3_tail  -  P3_reg1  )%2**20;
                                                P3_rd   <=1'b1;
                                                P3_m   =  P3_datai  ;
                                            end
                                            3 :
                                            begin
                                                P3_addr   <=(  P3_tail  -  P3_reg2  )%2**20;
                                                P3_rd   <=1'b1;
                                                P3_m   =  P3_datai  ;
                                            end
                                        endcase
                                        case (  P3_d  )
                                            0 :
                                                P3_reg0   =(  P3_r  -  P3_m  )%2**30;
                                            1 :
                                                P3_reg1   =(  P3_r  -  P3_m  )%2**30;
                                            2 :
                                                P3_reg2   =(  P3_r  -  P3_m  )%2**30;
                                            3 :
                                                P3_reg3   =(  P3_r  -  P3_m  )%2**30;
                                            default :
                                                ;
                                        endcase
                                    end
                                    5 :
                                    begin
                                        case (  P3_mf  )
                                            0 :
                                                P3_m   =  P3_tail  ;
                                            1 :
                                            begin
                                                P3_m   =  P3_datai  ;
                                                P3_addr   <=  P3_tail  ;
                                                P3_rd   <=1'b1;
                                            end
                                            2 :
                                            begin
                                                P3_addr   <=(  P3_tail  -  P3_reg1  )%2**20;
                                                P3_rd   <=1'b1;
                                                P3_m   =  P3_datai  ;
                                            end
                                            3 :
                                            begin
                                                P3_addr   <=(  P3_tail  -  P3_reg2  )%2**20;
                                                P3_rd   <=1'b1;
                                                P3_m   =  P3_datai  ;
                                            end
                                        endcase
                                        case (  P3_d  )
                                            0 :
                                                P3_reg0   =(  P3_r  -  P3_m  )%2**30;
                                            1 :
                                                P3_reg1   =(  P3_r  -  P3_m  )%2**30;
                                            2 :
                                                P3_reg2   =(  P3_r  -  P3_m  )%2**30;
                                            3 :
                                                P3_reg3   =(  P3_r  -  P3_m  )%2**30;
                                            default :
                                                ;
                                        endcase
                                    end
                                    6 :
                                    begin
                                        case (  P3_mf  )
                                            0 :
                                                P3_m   =  P3_tail  ;
                                            1 :
                                            begin
                                                P3_m   =  P3_datai  ;
                                                P3_addr   <=  P3_tail  ;
                                                P3_rd   <=1'b1;
                                            end
                                            2 :
                                            begin
                                                P3_addr   <=(  P3_tail  -  P3_reg1  )%2**20;
                                                P3_rd   <=1'b1;
                                                P3_m   =  P3_datai  ;
                                            end
                                            3 :
                                            begin
                                                P3_addr   <=(  P3_tail  -  P3_reg2  )%2**20;
                                                P3_rd   <=1'b1;
                                                P3_m   =  P3_datai  ;
                                            end
                                        endcase
                                        case (  P3_d  )
                                            0 :
                                                P3_reg0   =(  P3_r  +  P3_m  )%2**30;
                                            1 :
                                                P3_reg1   =(  P3_r  +  P3_m  )%2**30;
                                            2 :
                                                P3_reg2   =(  P3_r  +  P3_m  )%2**30;
                                            3 :
                                                P3_reg3   =(  P3_r  +  P3_m  )%2**30;
                                            default :
                                                ;
                                        endcase
                                    end
                                    7 :
                                    begin
                                        case (  P3_mf  )
                                            0 :
                                                P3_m   =  P3_tail  ;
                                            1 :
                                            begin
                                                P3_m   =  P3_datai  ;
                                                P3_addr   <=  P3_tail  ;
                                                P3_rd   <=1'b1;
                                            end
                                            2 :
                                            begin
                                                P3_addr   <=(  P3_tail  -  P3_reg1  )%2**20;
                                                P3_rd   <=1'b1;
                                                P3_m   =  P3_datai  ;
                                            end
                                            3 :
                                            begin
                                                P3_addr   <=(  P3_tail  -  P3_reg2  )%2**20;
                                                P3_rd   <=1'b1;
                                                P3_m   =  P3_datai  ;
                                            end
                                        endcase
                                        case (  P3_d  )
                                            0 :
                                                P3_reg0   =(  P3_r  +  P3_m  )%2**30;
                                            1 :
                                                P3_reg1   =(  P3_r  +  P3_m  )%2**30;
                                            2 :
                                                P3_reg2   =(  P3_r  +  P3_m  )%2**30;
                                            3 :
                                                P3_reg3   =(  P3_r  +  P3_m  )%2**30;
                                            default :
                                                ;
                                        endcase
                                    end
                                    8 :
                                    begin
                                        case (  P3_mf  )
                                            0 :
                                                P3_m   =  P3_tail  ;
                                            1 :
                                            begin
                                                P3_m   =  P3_datai  ;
                                                P3_addr   <=  P3_tail  ;
                                                P3_rd   <=1'b1;
                                            end
                                            2 :
                                            begin
                                                P3_addr   <=(  P3_tail  -  P3_reg1  )%2**20;
                                                P3_rd   <=1'b1;
                                                P3_m   =  P3_datai  ;
                                            end
                                            3 :
                                            begin
                                                P3_addr   <=(  P3_tail  -  P3_reg2  )%2**20;
                                                P3_rd   <=1'b1;
                                                P3_m   =  P3_datai  ;
                                            end
                                        endcase
                                        case (  P3_d  )
                                            0 :
                                                P3_reg0   =(  P3_r  -  P3_m  )%2**30;
                                            1 :
                                                P3_reg1   =(  P3_r  -  P3_m  )%2**30;
                                            2 :
                                                P3_reg2   =(  P3_r  -  P3_m  )%2**30;
                                            3 :
                                                P3_reg3   =(  P3_r  -  P3_m  )%2**30;
                                            default :
                                                ;
                                        endcase
                                    end
                                    9 :
                                    begin
                                        case (  P3_mf  )
                                            0 :
                                                P3_m   =  P3_tail  ;
                                            1 :
                                            begin
                                                P3_m   =  P3_datai  ;
                                                P3_addr   <=  P3_tail  ;
                                                P3_rd   <=1'b1;
                                            end
                                            2 :
                                            begin
                                                P3_addr   <=(  P3_tail  -  P3_reg1  )%2**20;
                                                P3_rd   <=1'b1;
                                                P3_m   =  P3_datai  ;
                                            end
                                            3 :
                                            begin
                                                P3_addr   <=(  P3_tail  -  P3_reg2  )%2**20;
                                                P3_rd   <=1'b1;
                                                P3_m   =  P3_datai  ;
                                            end
                                        endcase
                                        case (  P3_d  )
                                            0 :
                                                P3_reg0   =(  P3_r  +  P3_m  )%2**30;
                                            1 :
                                                P3_reg1   =(  P3_r  +  P3_m  )%2**30;
                                            2 :
                                                P3_reg2   =(  P3_r  +  P3_m  )%2**30;
                                            3 :
                                                P3_reg3   =(  P3_r  +  P3_m  )%2**30;
                                            default :
                                                ;
                                        endcase
                                    end
                                    10 :
                                    begin
                                        case (  P3_mf  )
                                            0 :
                                                P3_m   =  P3_tail  ;
                                            1 :
                                            begin
                                                P3_m   =  P3_datai  ;
                                                P3_addr   <=  P3_tail  ;
                                                P3_rd   <=1'b1;
                                            end
                                            2 :
                                            begin
                                                P3_addr   <=(  P3_tail  -  P3_reg1  )%2**20;
                                                P3_rd   <=1'b1;
                                                P3_m   =  P3_datai  ;
                                            end
                                            3 :
                                            begin
                                                P3_addr   <=(  P3_tail  -  P3_reg2  )%2**20;
                                                P3_rd   <=1'b1;
                                                P3_m   =  P3_datai  ;
                                            end
                                        endcase
                                        case (  P3_d  )
                                            0 :
                                                P3_reg0   =(  P3_r  -  P3_m  )%2**30;
                                            2 :
                                                P3_reg1   =(  P3_r  -  P3_m  )%2**30;
                                            1 :
                                                P3_reg2   =(  P3_r  -  P3_m  )%2**30;
                                            3 :
                                                P3_reg3   =(  P3_r  -  P3_m  )%2**30;
                                            default :
                                                ;
                                        endcase
                                    end
                                    11 :
                                    begin
                                        case (  P3_mf  )
                                            0 :
                                                P3_m   =  P3_tail  ;
                                            1 :
                                            begin
                                                P3_m   =  P3_datai  ;
                                                P3_addr   <=  P3_tail  ;
                                                P3_rd   <=1'b1;
                                            end
                                            2 :
                                            begin
                                                P3_addr   <=(  P3_tail  -  P3_reg1  )%2**20;
                                                P3_rd   <=1'b1;
                                                P3_m   =  P3_datai  ;
                                            end
                                            3 :
                                            begin
                                                P3_addr   <=(  P3_tail  -  P3_reg2  )%2**20;
                                                P3_rd   <=1'b1;
                                                P3_m   =  P3_datai  ;
                                            end
                                        endcase
                                        case (  P3_d  )
                                            3 :
                                                P3_reg0   =(  P3_r  +  P3_m  )%2**30;
                                            1 :
                                                P3_reg1   =(  P3_r  +  P3_m  )%2**30;
                                            2 :
                                                P3_reg2   =(  P3_r  +  P3_m  )%2**30;
                                            0 :
                                                P3_reg3   =(  P3_r  +  P3_m  )%2**30;
                                            default :
                                                ;
                                        endcase
                                    end
                                    12 :
                                    begin
                                        case (  P3_mf  )
                                            0 :
                                                P3_t   =  P3_r  /2;
                                            3 :
                                            begin
                                                P3_t   =  P3_r  /2;
                                                if (  P3_B  ==1'b1)
                                                    P3_t   =  P3_t  %2**29;
                                            end
                                            1 :
                                                P3_t   =(  P3_r  %2**29)*2;
                                            2 :
                                            begin
                                                P3_t   =(  P3_r  %2**29)*2;
                                                if (  P3_t  >2**30-1)
                                                    P3_B   =1'b1;
                                                else
                                                    P3_B   =1'b0;
                                            end
                                            default :
                                                ;
                                        endcase
                                        case (  P3_d  )
                                            3 :
                                                P3_reg0   =  P3_t  ;
                                            2 :
                                                P3_reg1   =  P3_t  ;
                                            1 :
                                                P3_reg2   =  P3_t  ;
                                            0 :
                                                P3_reg3   =  P3_t  ;
                                            default :
                                                ;
                                        endcase
                                    end
                                    13 ,14,15:
                                        ;
                                endcase
                            end
                            else
                                if (  P3_df  ==7)
                                begin
                                    case (  P3_mf  )
                                        3 :
                                            P3_m   =  P3_tail  ;
                                        2 :
                                            P3_m   =  P3_tail  ;
                                        0 :
                                            P3_m   =(  P3_reg1  %2**20)-(  P3_tail  %2**20);
                                        1 :
                                            P3_m   =(  P3_reg2  %2**20)-(  P3_tail  %2**20);
                                    endcase
                                    P3_addr   <=  P3_m  %2**20;
                                    P3_wr   <=1'b1;
                                    P3_datao   <=  P3_r  ;
                                end
                    endcase
                    P3_state   =  P3_FETCH  ;
                end
            endcase
        end
    end

    assign P3_clock = clock;
    assign P3_reset = reset;
    assign addr_3 = P3_addr;
    assign P3_datai = datai_3;
    assign datao_3 = P3_datao;
    assign rd_3 = P3_rd;
    assign wr_3 = P3_wr;

    always @(             addr_1 or  addr_2 or  addr_3 or  rd_1 or  rd_2 or  rd_3 or  wr_1 or  wr_2 or  wr_3 or  datao_1 or  datao_2 or  datao_3 or  si)
    begin
        so <=(addr_1+addr_2-addr_3)%2**20;
        rd <=(rd_1^(~rd_2))|rd_3;
        wr <=(wr_1^(~wr_2))|wr_3;
        if ((addr_1<2**19&addr_2<2**19&addr_3>2**19-1&rd_1==1'b0)|(addr_1>2**19-1&addr_2>2**19-1&addr_3<2**19&rd_2==1'b0))
        begin
            datai_1 <=datao_2+si;
            datai_2 <=datao_1;
            datai_3 <=datao_1-datao_2;
        end
        else
        begin
            datai_1 <=datao_2;
            datai_2 <=datao_1+si;
            datai_3 <=si;
        end
    end

endmodule